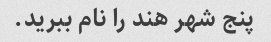
پنج شهر هند را نام ببرید.